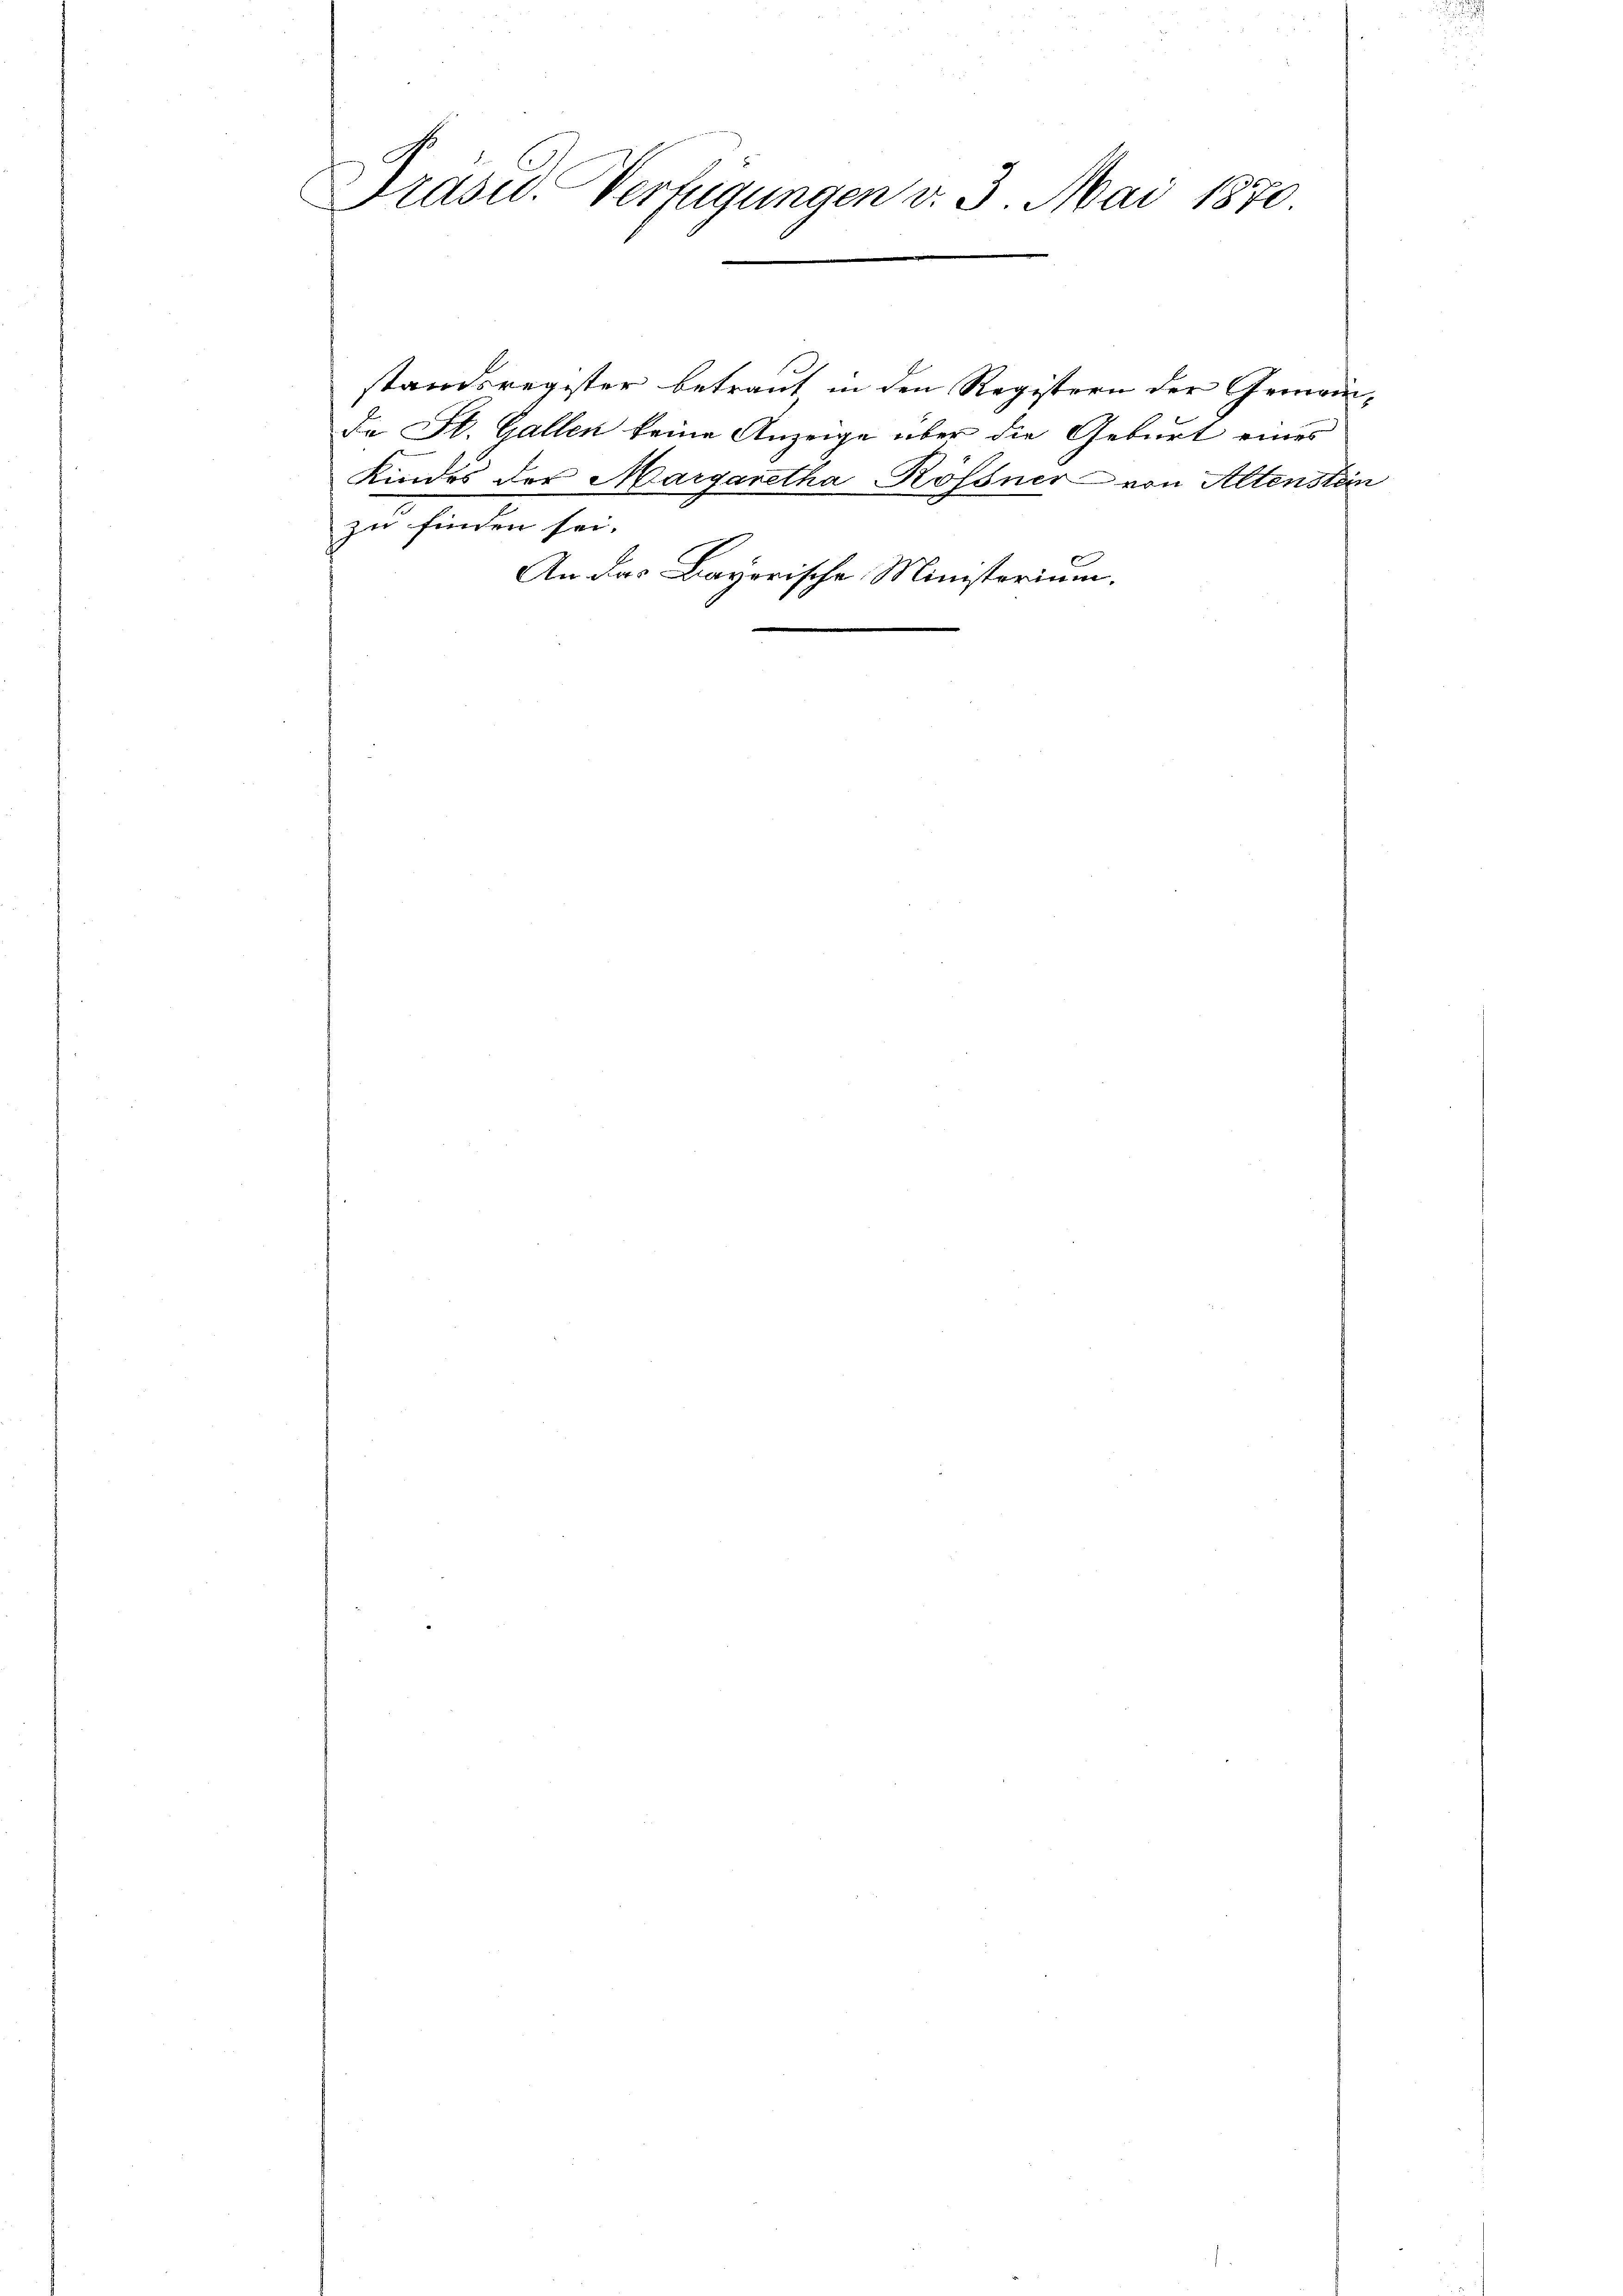
Präsid. Verfügungen v. 3. Mai 1870.

standsregister betraut in den Registern der Gemein-
Da St. Gallen keine Anzeige über die Geburt eines
Kindes der Margaretha Rössner von Altensten
zu finden sei.
An das Bayerische Ministerium.